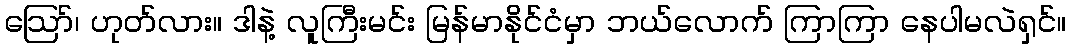
ဪ၊ ဟုတ်လား။ ဒါနဲ့ လူကြီးမင်း မြန်မာနိုင်ငံမှာ ဘယ်လောက် ကြာကြာ နေပါမလဲရှင်။